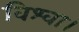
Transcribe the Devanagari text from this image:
विश्वा।